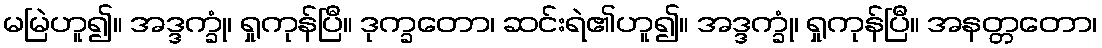
မမြဲဟူ၍။ အဒ္ဒက္ခုံ၊ ရှုကုန်ပြီ။ ဒုက္ခတော၊ ဆင်းရဲ၏ဟူ၍။ အဒ္ဒက္ခုံ၊ ရှုကုန်ပြီ။ အနတ္တတော၊